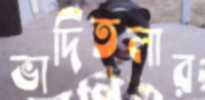
ভাদিতলার